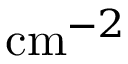
\mathrm { c m } ^ { - 2 }